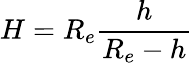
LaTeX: H=R_{e}\frac{h}{R_{e}-h}